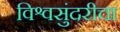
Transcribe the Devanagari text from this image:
विश्वसुंदरीचा